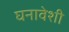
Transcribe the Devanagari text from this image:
घनावेशी